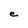
Character: e